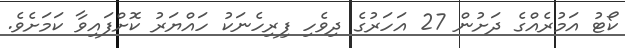
ކޯޓު އަމުރެއްގެ ދަށުން 27 އަހަރުގެ ދިވެހި ފިރިހެނަކު ހައްޔަރު ކޮށްފައިވާ ކަމަށެވެ.